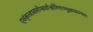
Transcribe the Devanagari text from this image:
एवंकृत्वाबलीन्सर्वान्क्षीरेणाभ्युक्ष्यवाग्यतः